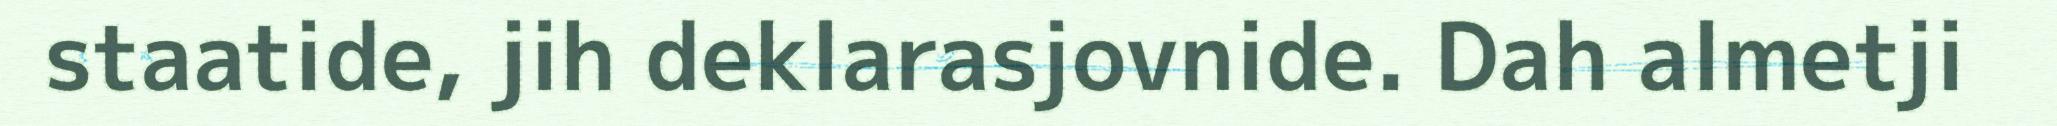
staatide, jih deklarasjovnide. Dah almetji